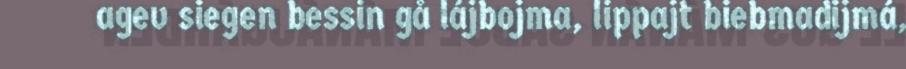
agev siegen bessin gå lájbojma, lippajt biebmadijmá,